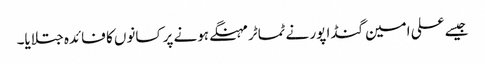
جیسے علی امین گنڈا پور نے ٹماٹر مہنگے ہونے پر کسانوں کا فائدہ جتلایا۔